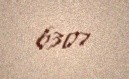
6307